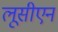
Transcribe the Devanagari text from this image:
लूसीएन